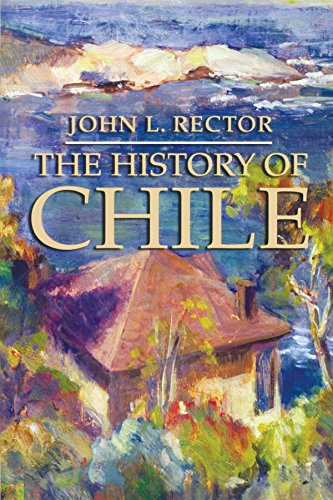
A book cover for The History of Chile (Palgrave Essential Histories Series); John L. Rector; Travel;